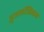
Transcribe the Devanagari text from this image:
ज़ुअलॉजिकल